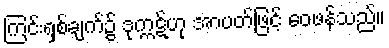
ကြင်းရှစ်ချက်၌ ဒုက္ကဋ်ဟု အာပတ်ဖြင့် ဝေဖန်သည်။